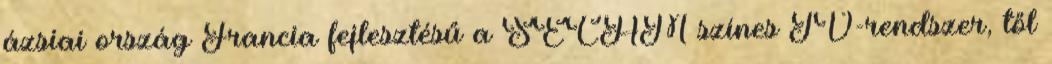
ázsiai ország Francia fejlesztésű a SECAM színes TV-rendszer, től